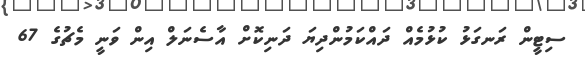
ސިޓީން ރަނގަޅު ކުޅުމެއް ދައްކަމުންދިޔަ ދަނިކޮށް އާސެނަލް އިން ވަނީ މެޗުގެ 67